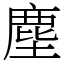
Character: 塵